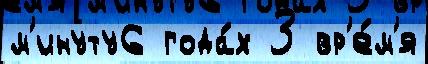
м'инуту6 года́х 3 вр'е́м'я